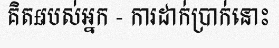
គិត£របស់អ្នក - ការដាក់ប្រាក់នោះ